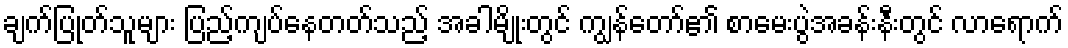
ချက်ပြုတ်သူများ ပြည့်ကျပ်နေတတ်သည့် အခါမျိုးတွင် ကျွန်တော်၏ စာမေးပွဲအခန်းနီးတွင် လာရောက်